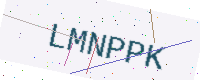
Text: LMNPPK